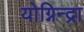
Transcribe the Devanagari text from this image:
योग्निन्द्रा